Sanitation, dispensaries and jails vaccination Rajputana 1922-1927 - 1922-1927
Year: 1922
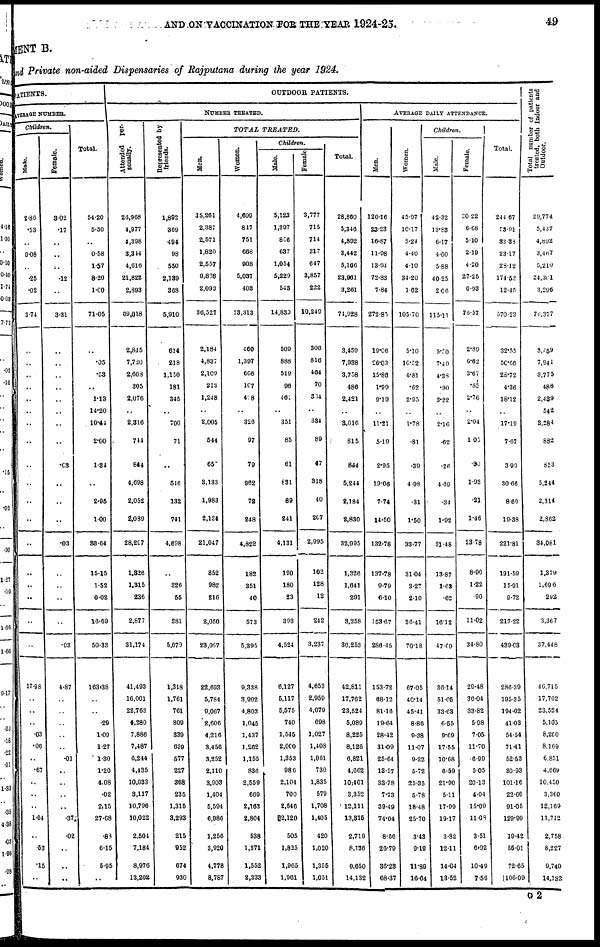
AND ON VACCINATION FOR THE YEAR 1924-25.
49
MENT B.
and Private non-aided Dispensaries of Rajputana during the year 1924.
PATIENTS.
AVERAGE NUMBER.
Children.
Male.
2.86
.53
..
0.08
..
.25
.02
3.74
..
..
..
..
..
..
..
..
..
..
..
..
..
..
..
..
..
..
17.98
..
..
..
.03
.06
..
.67
..
..
..
1.64
..
.53
.15
..
Female.
3.02
.17
..
..
..
.12
..
3.31
..
..
..
..
..
..
..
..
.03
..
..
..
.03
..
..
..
..
.03
4.87
..
..
..
..
..
.01
..
..
..
..
.374
.02
..
..
..
Total.
54.20
5.30
..
0.58
1.57
8.20
1.00
71.05
..
.05
.53
..
1.13
14.20
10.44
2.00
1.34
..
2.95
1.00
36.64
15.15
1.52
0.02
16.69
50.33
163.38
..
..
.29
1.09
1.27
1.30
1.20
4.08
.02
2,15
27.68
.88
6.15
5.95
..
OUTDOOR PATIENTS.
NUMBER TREATED.
Attended per-
sonally.
26,968
4,977
4,398
3,344
4,616
21,822
2,893
69,018
2,845
7,720
2,608
305
2,076
..
2,316
744
844
4,698
2,052
2,089
28,297
1,326
1,315
236
2,877
31,174
41,493
16,001
22,763
4,280
7,886
7,487
6,244
4,435
10,033
3,117
10,796
10,022
2,504
7,184
8,976
13,202
Represented by
friends.
1,892
369
494
98
550
2,139
368
5,910
614
218
1,150
181
345
..
700
71
..
546
132
741
4,698
..
326
55
381
5,079
1,318
1,761
761
809
339
639
577
227
368
235
1,315
3,293
215
952
674
930
TOTAL
TREATED.
Men.
15,261
2,387
2,571
1,820
2,557
9,828
2,093
36,527
2,184
4,837
2,109
213
1,248
..
2,005
544
65
3,133
1,983
2,134
21,047
852
982
216
2,050
23,097
22,693
5,784
9,067
2,606
4,216
3,456
3,252
2,110
3,903
1,404
5,594
6,986
1,256
3,920
4,778
8,787
Women.
4,699
847
751
668
908
5,037
403
13,313
460
1,397
666
107
408
..
326
97
79
962
72
248
4,822
182
351
40
573
5,395
9,338
3,902
4,803
1,045
1,437
1,262
1,155
836
2,559
669
2,163
2,804
538
1,371
1,552
2,333
Children.
Male.
5,123
1,397
856
637
1,054
5,229
543
14,839
509
888
519
96
461
..
351
85
61
831
89
241
4,131
190
180
23
393
4,524
6,127
5,117
5,575
740
1,545
2,000
1,353
986
2,104
700
2,646
2,120
505
1,825
1,965
1,961
Female
3,777
715
714
317
647
3,857
222
10,249
306
816
464
70
304
..
334
89
47
318
40
207
2,995
102
128
12
242
3,237
4,653
2,959
4,079
698
1,027
1,408
1,061
730
1,835
579
1,708
1,405
420
1,020
1,355
1,051
Total.
28,860
5,346
4,892
3,442
5,166
23,961
3,261
74,928
3,459
7,938
3,758
486
2,421
..
3,016
815
844
5,244
2,184
2,830
32,095
1,326
1,641
291
3,258
36,253
42,811
17,762
23,524
5,089
8,225
8,126
6,821
4,662
10,401
3,352
12,111
13,315
2,719
8,136
9,650
14,132
AVERAGE DAILY ATTENDANCE.
Children
Men.
126.16
23.23
16.87
11.98
13.94
72.83
7.84
272.85
19.06
26.03
15.86
1.99
9.19
..
11.21
5.19
2.95
19.06
7.74
14.50
132.78
137.78
9.79
6.10
153.67
286.45
153.72
68.12
81.16
19.64
28.42
31.09
25.64
13.57
33.78
7.73
39.49
74.04
8.66
26.79
36.23
68.37
Women.
45.97
10.17
5.24
4.40
4.10
34.20
1.62
105.70
5.10
10.52
4.81
.62
2.95
..
1.78
.81
.39
4.98
.31
1.50
33.77
31.04
3.27
2.10
30.41
70.18
67.05
40.14
45.41
8.86
9.38
11.07
9.22
5.72
25.35
5.78
18.48
25.70
3.43
9.19
11.89
16.64
Male.
42.32
13.83
6.17
4.60
5.88
40.25
2.06
115.11
5.50
7.49
4.38
.90
3.22
..
2.16
.62
.26
4.69
.34
1.92
31.48
13.87
1.63
.62
16.12
47.60
36.14
51.05
33.63
6.55
9.69
17.55
10.68
6.59
21.90
5.11
17.99
19.17
3.82
12.11
14.04
13.52
Female.
30.22
6.68
5.10
2.19
4.20
27.25
0.93
76.57
2.89
6.62
3.67
.85
2.76
..
2.04
1.05
.80
1.93
.21
1.46
23.78
8.90
1.22
.90
11.02
34.80
29.48
36.04
33.82
5.98
7.05
11.70
6.99
5.05
20.13
4.04
15.09
11.08
3.51
6.92
10.49
7.56
Total.
244.67
53.91
33.38
23.17
28.12
174.53
12.45
570.23
32.55
50.56
28.72
4.36
18.12
..
17.19
7.67
3.90
30.66
8.60
19.38
221.81
191.59
15.91
9.72
217.22
439.03
286.39
195.35
194.02
41.03
54.54
71.41
52.53
30.93
101.16
22.66
91.05
129.99
19.42
55.01
72.65
106.09
Total number of patients
treated, both Indoor and
Outdoor.
29,774
5,437
4,892
3,467
5,210
24,301
3,296
76,377
3,459
7,941
3,775
486
2,439
542
3,284
882
853
5,244
2,314
2,862
34,081
1,379
1,696
292
3,367
37,448
46,715
17,762
23,524
5,105
8,260
8,169
6,851
4,669
10,450
3,360
12,169
13,712
2,758
8,227
9,740
14,132
G 2